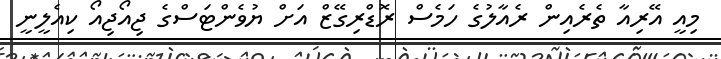
މިއީ އޭރިއާ ތެރެއިން ރެއާލުގެ ހަމެސް ރޮޑްރިގޭޒް އަށް ޔުވެންޓަސްގެ ޖިއޯޖިއޯ ކިއެލީނީ